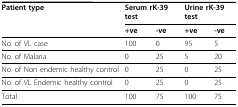
<table><thead><tr><td><b>Patient type</b></td><td colspan="2"><b>Serum rK-39 test</b></td><td colspan="2"><b>Urine rK-39 test</b></td></tr><tr><td>[EMPTY_CELL]</td><td><b>+ve</b></td><td><b>-ve</b></td><td><b>+ve</b></td><td><b>-ve</b></td></tr></thead><tbody><tr><td>No. of VL case</td><td>100</td><td>0</td><td>95</td><td>5</td></tr><tr><td>No. of Malaria</td><td>0</td><td>25</td><td>5</td><td>20</td></tr><tr><td>No. of Non endemic healthy control</td><td>0</td><td>25</td><td>0</td><td>25</td></tr><tr><td>No. of VL Endemic healthy control</td><td>0</td><td>25</td><td>0</td><td>25</td></tr><tr><td>Total</td><td>100</td><td>75</td><td>100</td><td>75</td></tr></tbody></table>